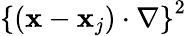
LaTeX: \left\{ ({\mathbf x}-{\mathbf x}_{j})\cdot\nabla\right\} ^{2}